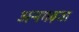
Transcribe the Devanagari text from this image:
अनगढ़ता